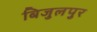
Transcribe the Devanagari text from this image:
बिजुलपुर